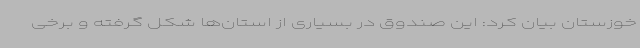
خوزستان بیان کرد: این صندوق در بسیاری از استان‌ها شکل گرفته و برخی